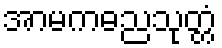
အာမကဓညသုတ္တံ